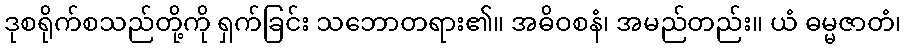
ဒုစရိုက်စသည်တို့ကို ရှက်ခြင်း သဘောတရား၏။ အဓိဝစနံ၊ အမည်တည်း။ ယံ ဓမ္မဇာတံ၊